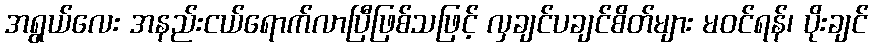
အရွယ်လေး အနည်းငယ်ရောက်လာပြီဖြစ်သဖြင့် လှချင်ပချင်စိတ်များ မဝင်ရန်၊ ပိုးချင်